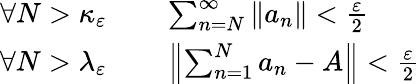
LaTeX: \begin{array}{rl}{\forall N>\kappa_{\varepsilon}}&{{}\quad\sum_{n=N}^{\infty}\| a_{n}\| <{\frac{\varepsilon}{2}}}\\ {\forall N>\lambda_{\varepsilon}}&{{}\quad\left\| \sum_{n=1}^{N}a_{n}-A\right\| <{\frac{\varepsilon}{2}}}\end{array}